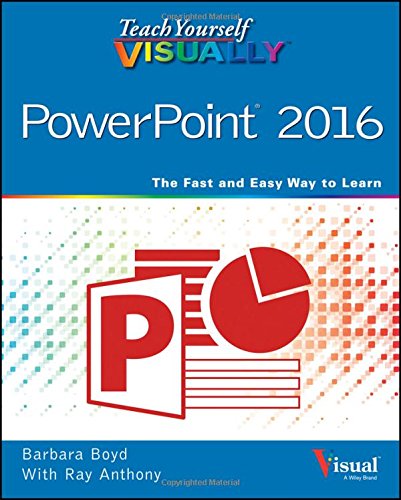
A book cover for Teach Yourself VISUALLY PowerPoint 2016 (Teach Yourself VISUALLY (Tech)); Barbara Boyd; Computers & Technology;